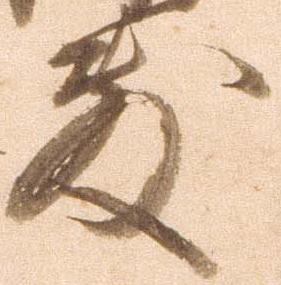
敷